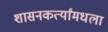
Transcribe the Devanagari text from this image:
शासनकर्त्यांमधला